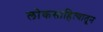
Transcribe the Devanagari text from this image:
लोकसाहित्यातून